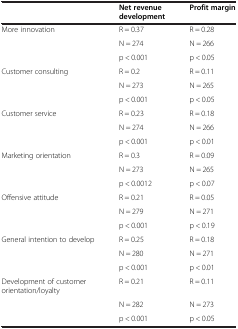
|  | Net revenue development | Profit margin |
 | --- | --- | --- |
 | More innovation | R = 0.37 | R = 0.28 |
 |  | N = 274 | N = 266 |
 |  | p < 0.001 | p < 0.05 |
 | Customer consulting | R = 0.2 | R = 0.11 |
 |  | N = 273 | N = 265 |
 |  | p < 0.001 | p < 0.05 |
 | Customer service | R = 0.23 | R = 0.18 |
 |  | N = 274 | N = 266 |
 |  | p < 0.001 | p < 0.01 |
 | Marketing orientation | R = 0.3 | R = 0.09 |
 |  | N = 273 | N = 265 |
 |  | p < 0.0012 | p < 0.07 |
 | Offensive attitude | R = 0.21 | R = 0.05 |
 |  | N = 279 | N = 271 |
 |  | p < 0.001 | p < 0.19 |
 | General intention to develop | R = 0.25 | R = 0.18 |
 |  | N = 280 | N = 271 |
 |  | p < 0.001 | p < 0.01 |
 | Development of customer orientation/loyalty | R = 0.21 | R = 0.11 |
 |  | N = 282 | N = 273 |
 |  | p < 0.001 | p < 0.05 |